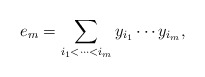
\begin{align*}e_m=\sum_{i_{1}<\cdots <i_{m}}y_{i_{1}}\cdots y_{i_{m}},\quad\end{align*}